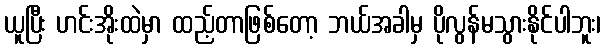
ယူပြီး ဟင်းအိုးထဲမှာ ထည့်တာဖြစ်တော့ ဘယ်အခါမှ ပိုလွန်မသွားနိုင်ပါဘူး၊